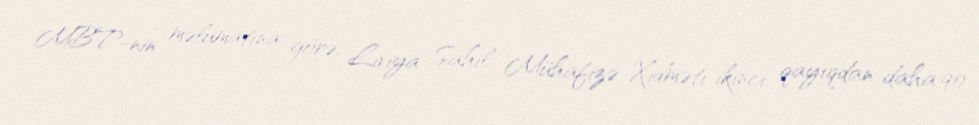
MBT-nin məlumatına görə, Liviya Sahil Mühafizə Xidməti ikinci qayıqdan daha 90